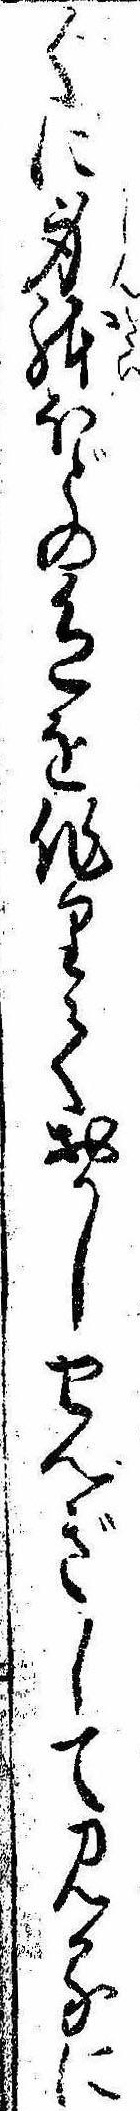
〱に身体ほどの色を作りておかしせんぎして見るに